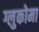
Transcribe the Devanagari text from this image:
ग्लुकोमा